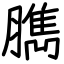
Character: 臇